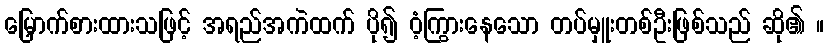
မြှောက်စားထားသဖြင့် အရည်အကဲထက် ပို၍ ဝံ့ကြွားနေသော တပ်မှူးတစ်ဦးဖြစ်သည် ဆို၏ ။